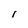
Character: i